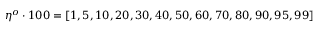
\eta ^ { o } \cdot 1 0 0 = [ 1 , 5 , 1 0 , 2 0 , 3 0 , 4 0 , 5 0 , 6 0 , 7 0 , 8 0 , 9 0 , 9 5 , 9 9 ]